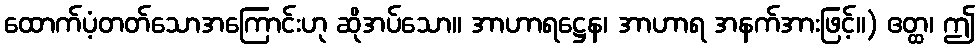
ထောက်ပံ့တတ်သောအကြောင်းဟု ဆိုအပ်သော။ အာဟာရဋ္ဌေန၊ အာဟာရ အနက်အားဖြင့်။) ဧတ္ထ၊ ဤ